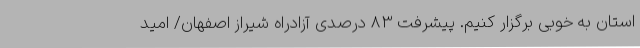
استان به خوبی برگزار کنیم. پیشرفت 83 درصدی آزادراه شیراز اصفهان/ امید